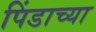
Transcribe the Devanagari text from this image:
पिंडाच्या